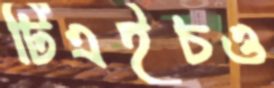
টিএইচও